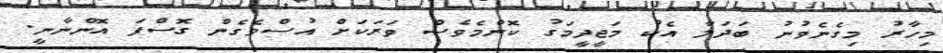
މިހާރު މިގެނެވުނު ބަދަލާ އެކު މަޖީދީމަގު ކޮންމެވެސް ވަރަކަށް އުސްވެގެން ގޮސްފަ އޮންނާނީ.